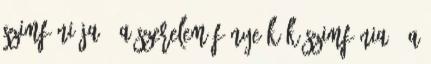
szimfóniája 1 A szerelem fénye Kék szimfónia 1 A